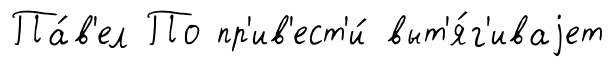
Па́в'ел По пр'ив'ест'и́ выт'я́г'иваjет